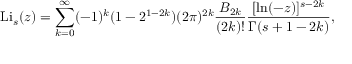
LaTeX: \operatorname { L i } _ { s } ( z ) = \sum _ { k = 0 } ^ { \infty } ( - 1 ) ^ { k } ( 1 - 2 ^ { 1 - 2 k } ) ( 2 \pi ) ^ { 2 k } { \frac { B _ { 2 k } } { ( 2 k ) ! } } { \frac { [ \ln ( - z ) ] ^ { s - 2 k } } { \Gamma ( s + 1 - 2 k ) } } ,